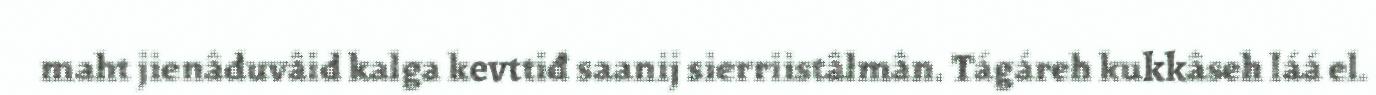
maht jienâduvâid kalga kevttiđ saanij sierriistâlmân. Tágáreh kukkâseh láá el.